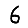
Digit: 6